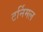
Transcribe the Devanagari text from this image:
टर्निमल